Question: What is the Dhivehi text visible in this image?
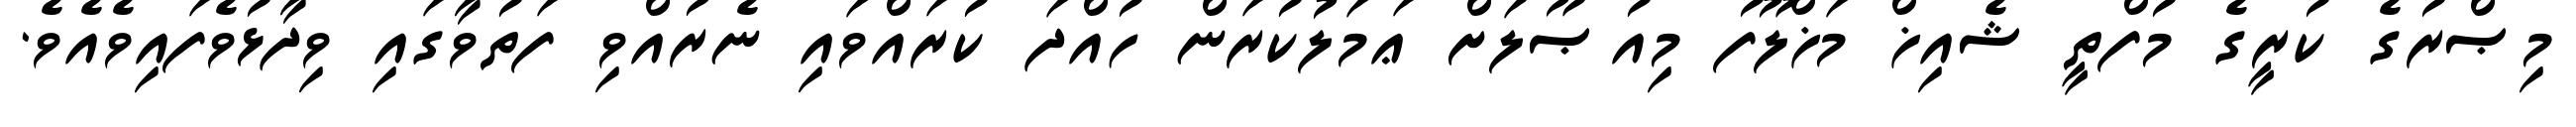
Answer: މިޞްރުގެ ކުރީގެ މުފްތީ ޝެއިޚް މަޚްލޫފު މިއުޞޫލަށް ޢަމަލުކުރަން ހުއްދަ ކުރައްވައި ނެރުއްވި ފަތުވާގައި ވިދާޅުވެފައިވެއެވެ.